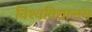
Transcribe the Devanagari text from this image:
विश्‍वविद्यालय